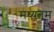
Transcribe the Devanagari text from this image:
मध्यतम